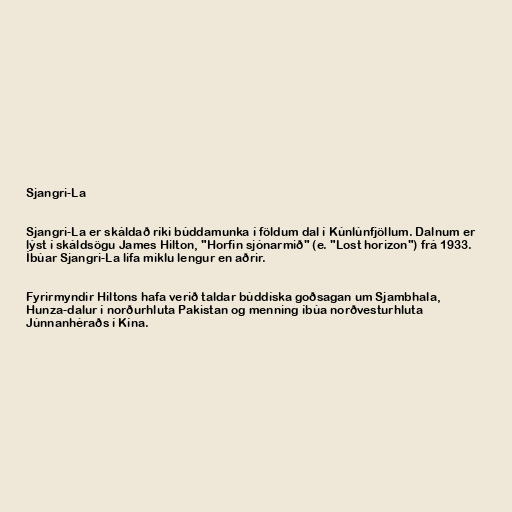
Sjangri-La

Sjangri-La er skáldað ríki búddamunka í földum dal í Kúnlúnfjöllum. Dalnum er
lýst í skáldsögu James Hilton, "Horfin sjónarmið" (e. "Lost horizon") frá 1933.
Íbúar Sjangri-La lifa miklu lengur en aðrir.

Fyrirmyndir Hiltons hafa verið taldar búddíska goðsagan um Sjambhala,
Hunza-dalur í norðurhluta Pakistan og menning íbúa norðvesturhluta
Júnnanhéraðs í Kína.